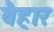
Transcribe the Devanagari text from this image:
वैहार